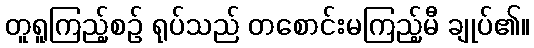
တူရူကြည့်စဉ် ရုပ်သည် တစောင်းမကြည့်မီ ချုပ်၏။